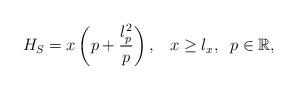
LaTeX: \begin{align*}H_{S}=x\left(p+\frac{l_{p}^{2}}{p}\right), \;\;\; x\geq l_{x},\;\; p\in\mathbb{R}, \end{align*}